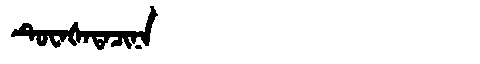
Manchu: ᡨᡠᠸᠠᡧᠠᡨᠠᠴᡳᠨᠠ
Romanization: TUWAŠATACINA